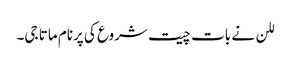
للن نے بات چیت شروع کی پرنام ماتا جی۔